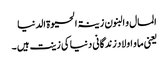
المال و البنون زینۃ الحیوۃ الدنیا
یعنی ما و اولاد زندگانی دنیا کی زینت ہیں ۔